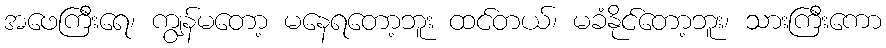
အဖေကြီးရေ၊ ကျွန်မတော့ မနေရတော့ဘူး ထင်တယ်၊ မခံနိုင်တော့ဘူး၊ သားကြီးကော